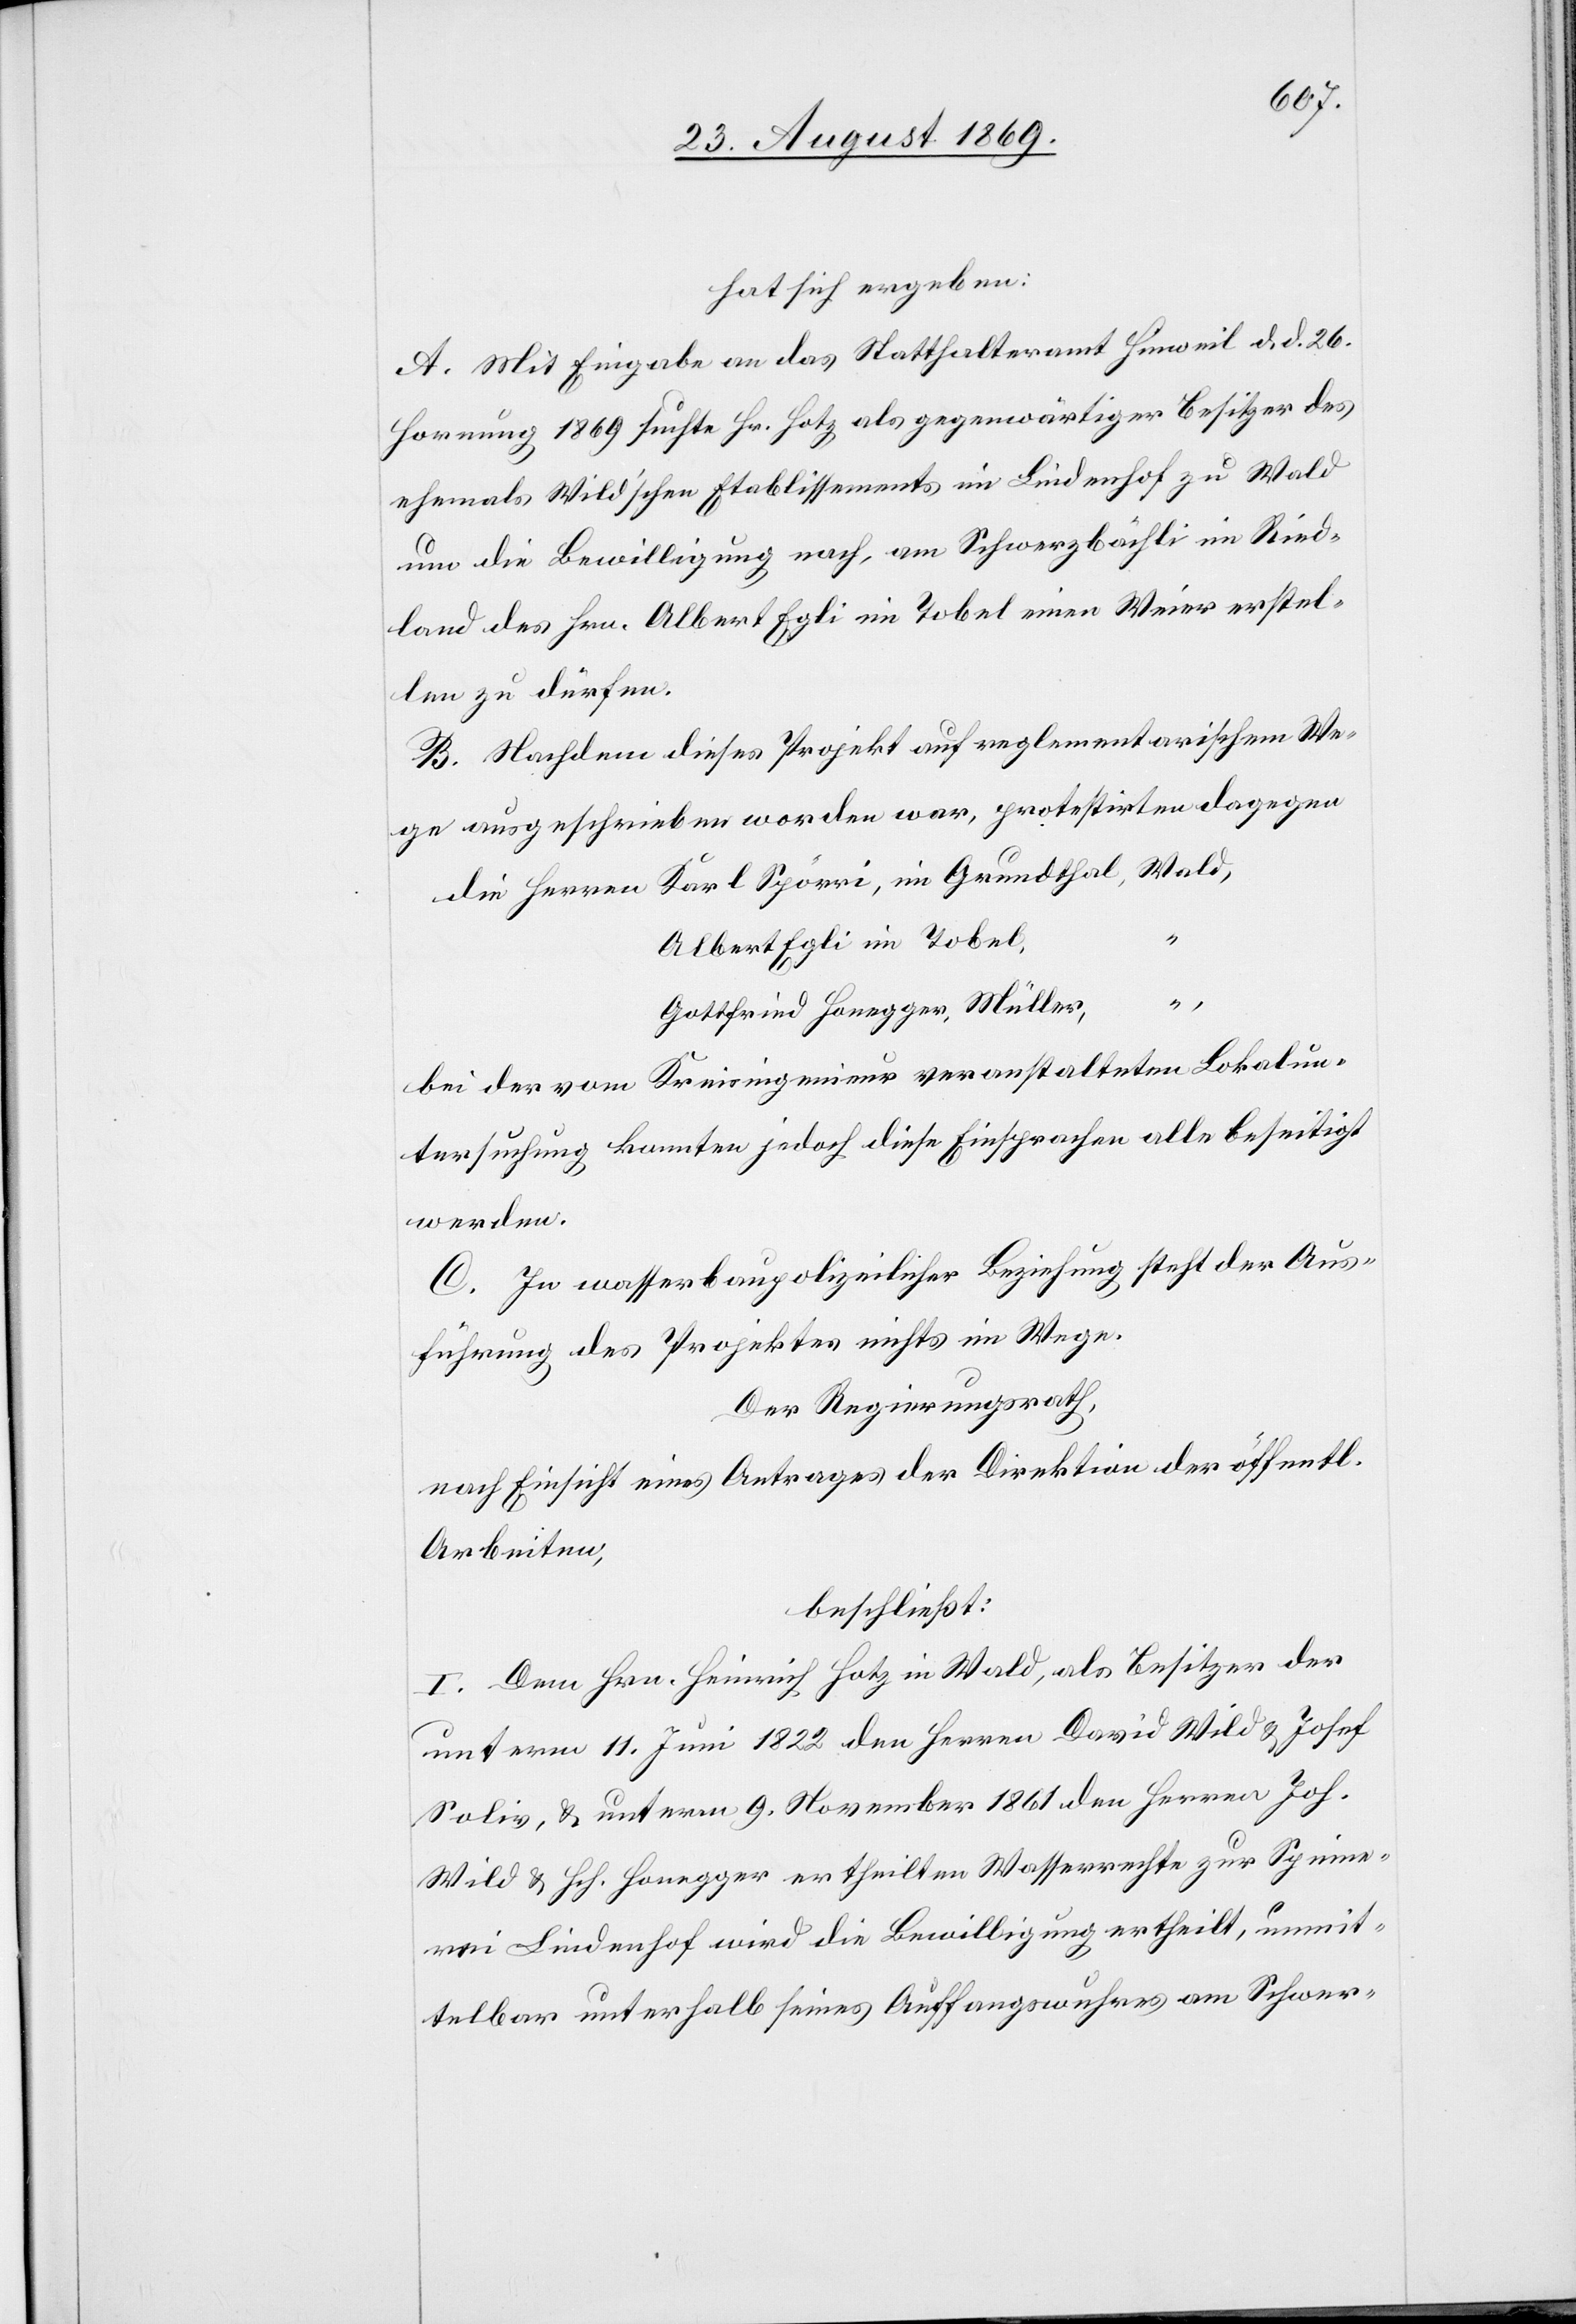
hat sich ergeben:
A. Mit Eingabe an das Statthalteramt Hinweil d. d. 26.
Hornung 1869 suchte Hr. Hotz als gegenwärtiger Besitzer des
ehemals Wild’schen Etablissements im Lindenhof zu Wald
um die Bewilligung nach, am Schwerzbächli im Ried¬
land des Hrn. Albert Egli im Tobel einen Weier erstel¬
len zu dürfen.
B. Nachdem dieses Projekt auf reglementarischem We¬
ge ausgeschrieben worden war, protestirten dagegen
die Herren Karl Spörri, im Grundthal, Wald,
Albert Egli im Tobel,
“
Gottfried Honegger, Müller,
bei der vom Kreisingenieur veranstalteten Lokalun¬
tersuchung konnten jedoch diese Einsprachen alle beseitigt
werden.
C. In wasserbaupolizeilicher Beziehung steht der Aus¬
führung des Projektes nichts im Wege.
Der Regierungsrath,
nach Einsicht eines Antrages der Direktion der öffentl.
Arbeiten,
beschließt:
I. Dem Hrn. Heinrich Hotz in Wald, als Besitzer der
unterm 11. Juni 1822 den Herren David Wild & Josef
Soliv, & unterm 9. November 1861 den Herren Joh.
Wild & Hch. Honegger ertheilten Wassserrechte zur Spinne¬
rei Lindenhof wird die Bewilligung ertheilt, unmit¬
telbar unterhalb seines Auffangswuhres am Schwer-